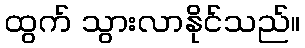
ထွက် သွားလာနိုင်သည်။